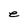
Character: e